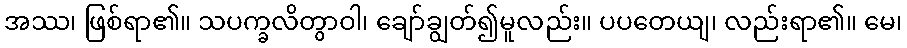
အဿ၊ ဖြစ်ရာ၏။ သပက္ခလိတွာဝါ၊ ချော်ချွတ်၍မူလည်း။ ပပတေယျ၊ လည်းရာ၏။ မေ၊